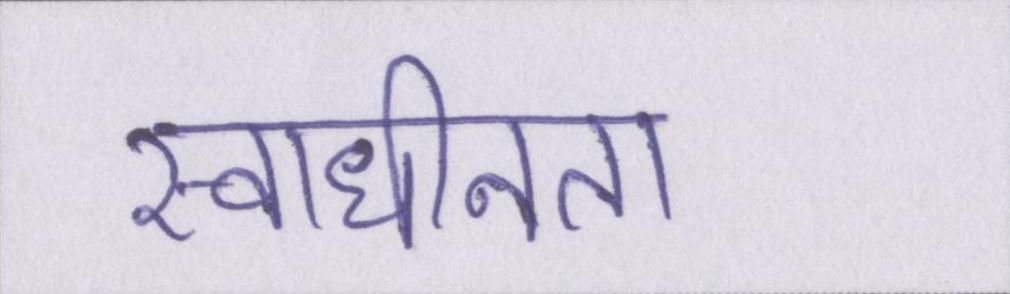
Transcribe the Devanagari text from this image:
स्वाधीनता